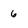
Character: 6